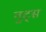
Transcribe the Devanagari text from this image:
नुट्स